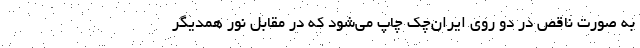
به صورت ناقص در دو روی ایران‌چک چاپ می‌شود که در مقابل نور همدیگر